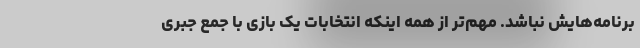
برنامه‌هایش نباشد. مهم‌تر از همه اینکه انتخابات یک بازی با جمع جبری